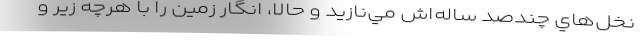
نخل‌هاي چندصد ساله‌اش مي‌نازيد و حالا، انگار زمين را با هرچه زير و